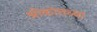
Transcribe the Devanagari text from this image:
श्रीकांतच्या